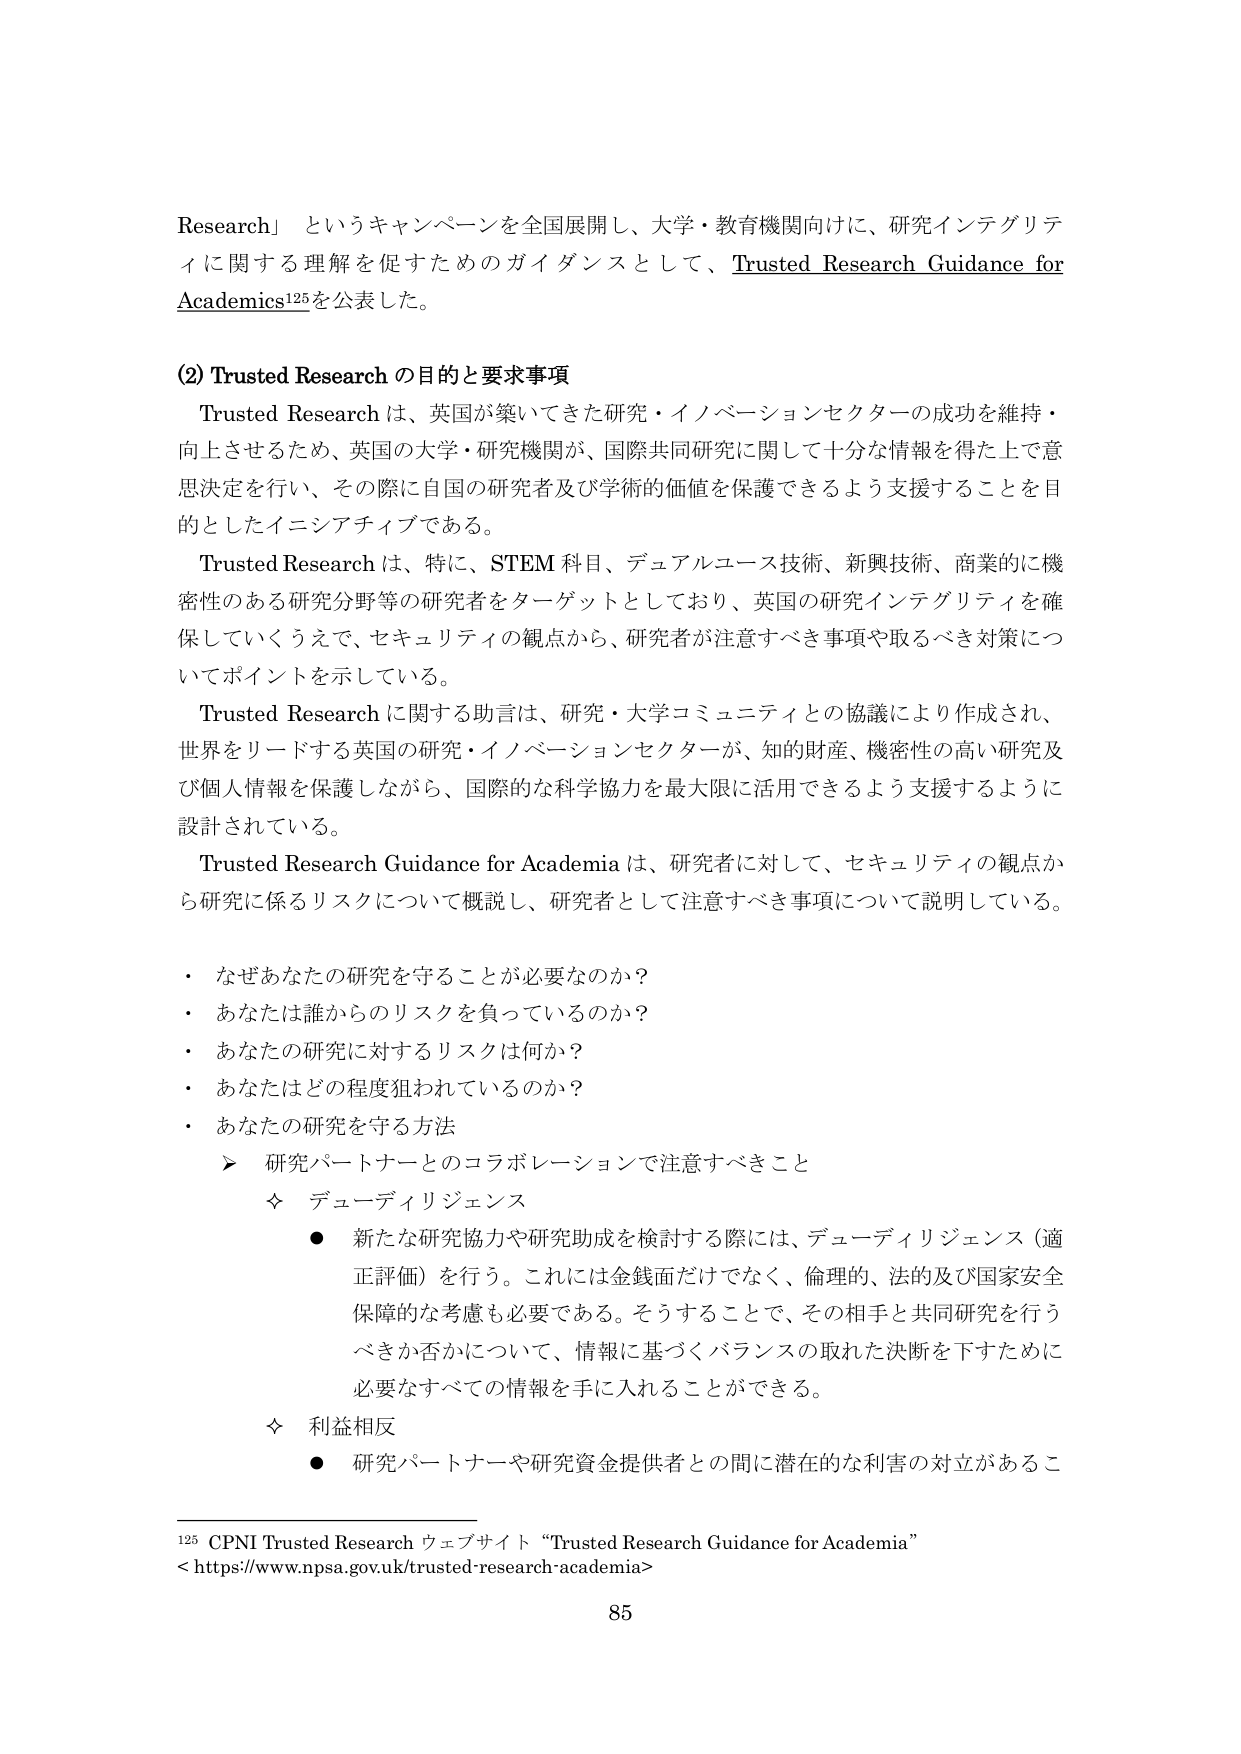
Research」 というキャンペーンを全国展開し、大学・教育機関向けに、研究インテグリティに関する理解を促すためのガイダンスとして、Trusted Research Guidance for Academics¹²⁵を公表した。

(2) Trusted Research の目的と要求事項
Trusted Research は、英国が築いてきた研究・イノベーションセクターの成功を維持・向上させるため、英国の大学・研究機関が、国際共同研究に関して十分な情報を得た上で意思決定を行い、その際に自国の研究者及び学術的価値を保護できるよう支援することを目的としたイニシアチブである。
Trusted Research は、特に、STEM 科目、デュアルユース技術、新興技術、商業的に機密性のある研究分野等の研究者をターゲットとしており、英国の研究インテグリティを確保していくうえで、セキュリティの観点から、研究者が注意すべき事項や取るべき対策についてポイントを示している。
Trusted Research に関する助言は、研究・大学コミュニティとの協議により作成され、世界をリードする英国の研究・イノベーションセクターが、知的財産、機密性の高い研究及び個人情報を保護しながら、国際的な科学協力を最大限に活用できるよう支援するように設計されている。
Trusted Research Guidance for Academia は、研究者に対して、セキュリティの観点から研究に係るリスクについて概説し、研究者として注意すべき事項について説明している。

・ なぜあなたの研究を守ることが必要なのか？
・ あなたは誰からのリスクを負っているのか？
・ あなたの研究に対するリスクは何か？
・ あなたはどの程度狙われているのか？
・ あなたの研究を守る方法
　➤ 研究パートナーとのコラボレーションで注意すべきこと
　　◇ デューディリジェンス
　　　● 新たな研究協力や研究助成を検討する際には、デューディリジェンス（適正評価）を行う。これには金銭面だけでなく、倫理的、法的及び国家安全保障的な考慮も必要である。そうすることで、その相手と共同研究を行うべきか否かについて、情報に基づくバランスの取れた決断を下すために必要なすべての情報を手に入れることができる。
　　◇ 利益相反
　　　● 研究パートナーや研究資金提供者との間に潜在的な利害の対立があるこ

¹²⁵ CPNI Trusted Research ウェブサイト “Trusted Research Guidance for Academia”
<https://www.npsa.gov.uk/trusted-research-academia>

85